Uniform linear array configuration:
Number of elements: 8
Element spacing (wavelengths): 0.5
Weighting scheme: blackman
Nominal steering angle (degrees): -60
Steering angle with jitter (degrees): -59.152
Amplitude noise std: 0.05
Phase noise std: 0.05

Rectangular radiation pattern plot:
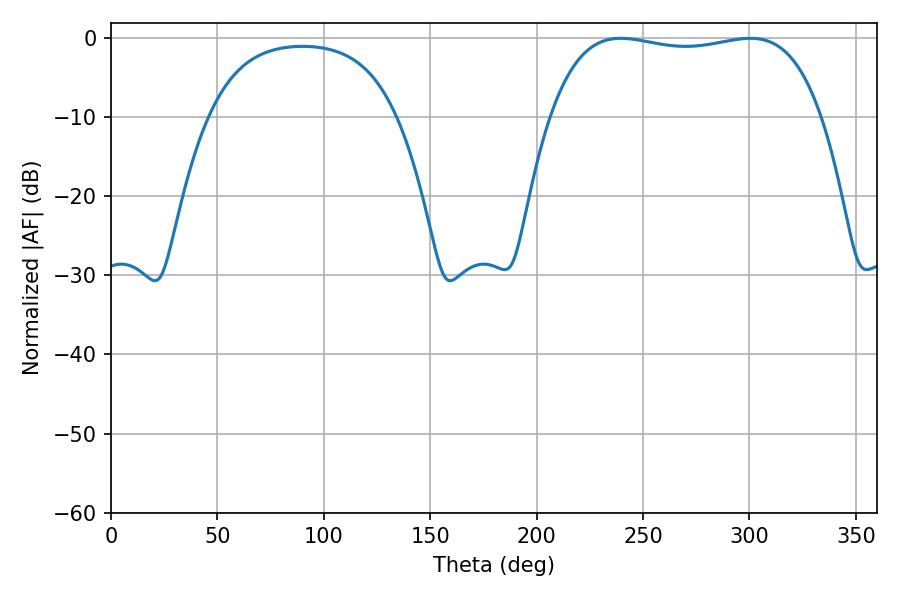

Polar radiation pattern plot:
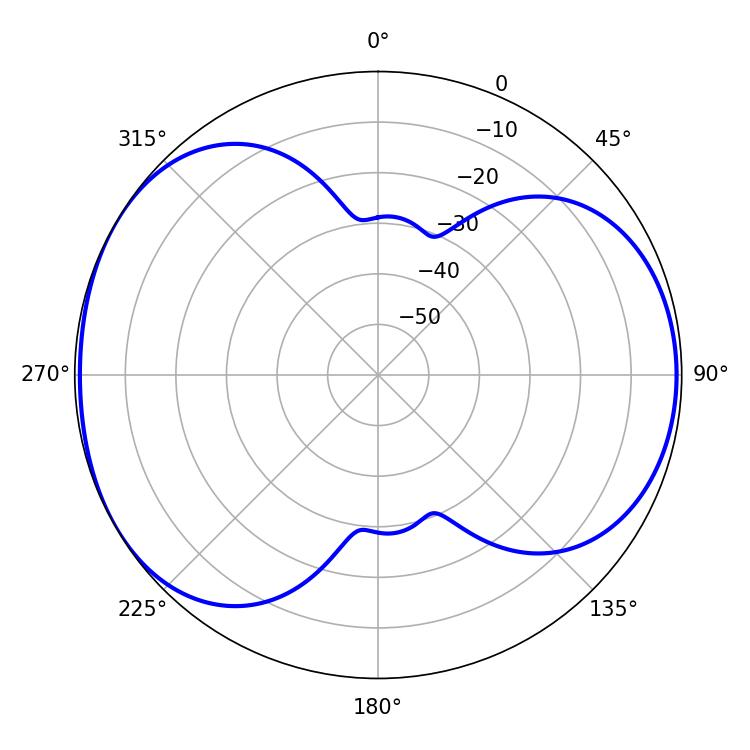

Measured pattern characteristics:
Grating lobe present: FALSE
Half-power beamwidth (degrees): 102.24
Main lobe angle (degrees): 239.58